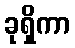
ခုရှိကာ